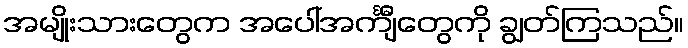
အမျိုးသားတွေက အပေါ်အင်္ကျီတွေကို ချွတ်ကြသည်။